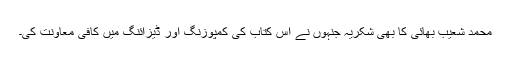
محمد شعیب بھائی کا بھی شکریہ جنہوں نے اس کتاب کی کمپوزنگ اور ڈیزائنگ میں کافی معاونت کی۔